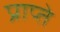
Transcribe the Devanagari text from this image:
प्राप्ते